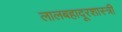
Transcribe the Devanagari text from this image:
लालबहादूरशास्त्री